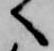
へ